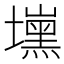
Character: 𰊾